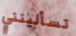
تسألينني